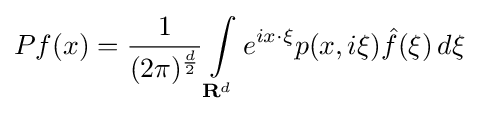
Pf(x)={\frac {1}{(2\pi )^{\frac {d}{2}}}}\int \limits _{\mathbf {R} ^{d}}e^{ix\cdot \xi }p(x,i\xi ){\hat {f}}(\xi )\,d\xi